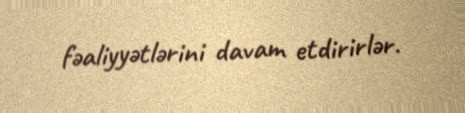
fəaliyyətlərini davam etdirirlər.